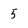
Character: 5